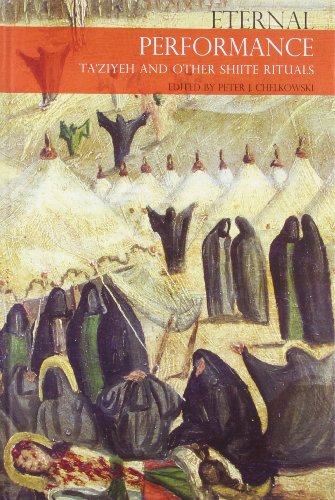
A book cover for Eternal Performance: Taziyeh and Other Shiite Rituals (Seagull Books - Enactments); Religion & Spirituality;